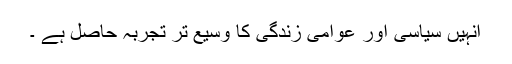
انہیں سیاسی اور عوامی زندگی کا وسیع تر تجربہ حاصل ہے ۔